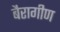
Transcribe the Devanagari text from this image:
बैरागीण